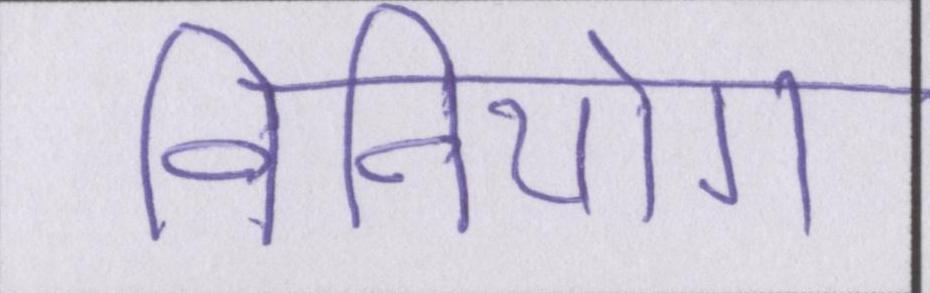
विनियोग